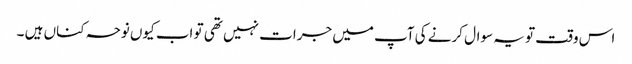
اس وقت تو یہ سوال کرنے کی آپ میں جرات نہیں تھی تو اب کیوں نوحہ کناں ہیں ۔